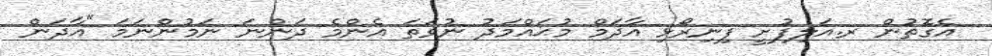
އެގޮތުން ރ.އަލިފުށީ ފިނިރޯޅި އާދަމް މުޙައްމަދު ނުވަތަ އެންމެ ދަންނަ ނަމުންނަމަ "އާދަން